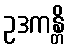
ဥဒကန္တိ